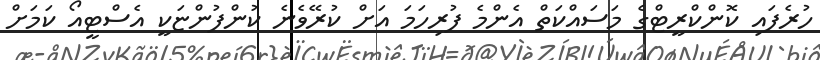
ހުރެފައި ކޮންކްރީޓްގެ މަސައްކަތް އެންމެ ފުރިހަމަ އަށް ކުރޭވެނެ ކުންފުންޏަކީ އެސްޓީއޯ ކަމަށް